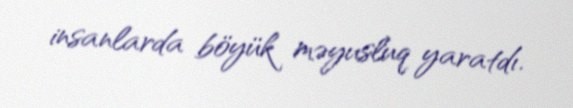
insanlarda böyük məyusluq yaratdı.